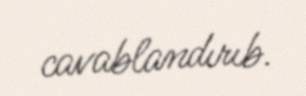
cavablandırıb.